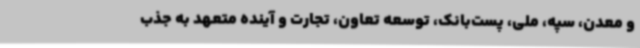
و معدن، سپه، ملی، پست‌بانک، توسعه تعاون، تجارت و آینده متعهد به جذب